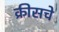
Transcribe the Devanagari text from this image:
क्रीसचे